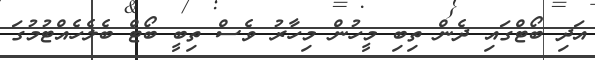
އަދި ބޯޓްގައި ދެން ތިބި މީހުން މިހާރު ވެސް ތިބީ ބޯޓް ބެލެހެއްޓުމުގަ